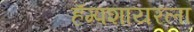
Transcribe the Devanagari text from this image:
हॅम्पशायरला